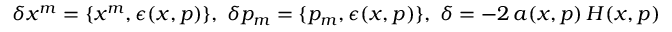
\delta { x ^ { m } } = \{ x ^ { m } , \epsilon ( x , p ) \} , \; \delta { p _ { m } } = \{ p _ { m } , \epsilon ( x , p ) \} , \; \delta \l = - 2 \, a ( x , p ) \, H ( x , p )